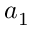
a _ { 1 }